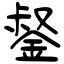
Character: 錖